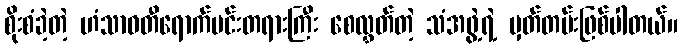
စိုးစံခဲ့တဲ့ ဟံသာဝတီရောက်မင်းတရားကြီး စေလွှတ်တဲ့ သံအဖွဲ့ရဲ့ မှတ်တမ်းဖြစ်ပါတယ်။